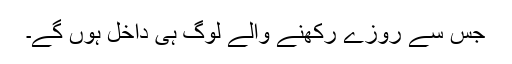
جس سے روزے رکھنے والے لوگ ہی داخل ہوں گے۔